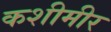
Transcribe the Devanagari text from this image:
कशीमीर